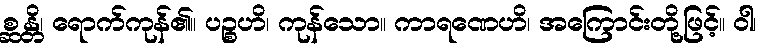
စ္ဆန္တိ၊ ရောက်ကုန်၏။ ပဉ္စဟိ၊ ကုန်သော။ ကာရဏေဟိ၊ အကြောင်းတို့ဖြင့်။ ဝါ၊